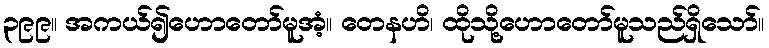
၃၉၉။ အကယ်၍ဟောတော်မူအံ့။ တေနဟိ၊ ထိုသို့ဟောတော်မူသည်ရှိသော်။